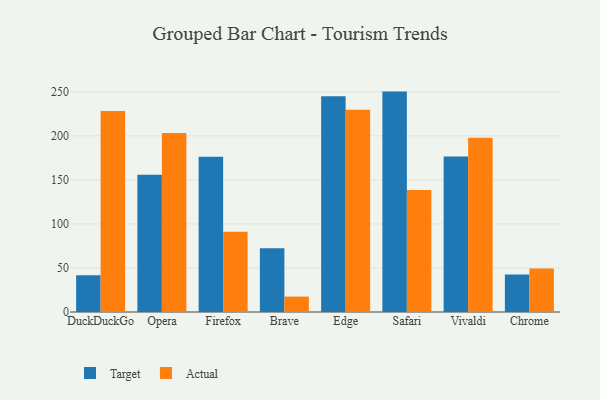
{"axis": {"x": "Browser", "y": "Churn Rate (%)"}, "legend": ["Actual", "Target"], "data": [{"x": "DuckDuckGo", "y": 41.8, "type": "Target"}, {"x": "DuckDuckGo", "y": 228.1, "type": "Actual"}, {"x": "Opera", "y": 155.7, "type": "Target"}, {"x": "Opera", "y": 203.1, "type": "Actual"}, {"x": "Firefox", "y": 176.1, "type": "Target"}, {"x": "Firefox", "y": 91.0, "type": "Actual"}, {"x": "Brave", "y": 72.3, "type": "Target"}, {"x": "Brave", "y": 17.5, "type": "Actual"}, {"x": "Edge", "y": 244.9, "type": "Target"}, {"x": "Edge", "y": 229.7, "type": "Actual"}, {"x": "Safari", "y": 250.2, "type": "Target"}, {"x": "Safari", "y": 138.6, "type": "Actual"}, {"x": "Vivaldi", "y": 176.6, "type": "Target"}, {"x": "Vivaldi", "y": 197.8, "type": "Actual"}, {"x": "Chrome", "y": 42.5, "type": "Target"}, {"x": "Chrome", "y": 49.4, "type": "Actual"}]}